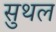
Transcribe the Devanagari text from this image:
सुथल